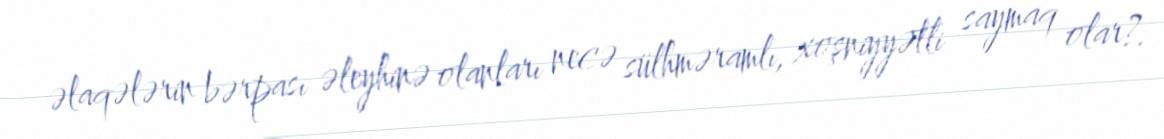
əlaqələrin bərpası əleyhinə olanları necə sülhməramlı, xoşniyyətli saymaq olar?.